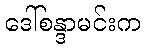
ဒေါ်စန္ဒာမင်းက